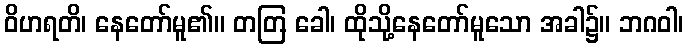
ဝိဟရတိ၊ နေတော်မူ၏။ တတြ ခေါ၊ ထိုသို့နေတော်မူသော အခါ၌။ ဘဂဝါ၊